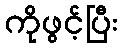
ကိုဖွင့်ပြီး